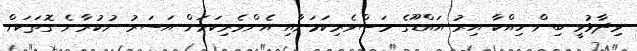
ވިދާޅުވީ ބިން ހިއްކާ އިރު އައްޑޫގެ މަސްވެރިކަމަށާއި އެންވެރިކަމަށް އަސަރު ނުކުރާނެ ގޮތަކަށް